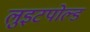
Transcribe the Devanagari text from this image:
लुइटपोल्ड